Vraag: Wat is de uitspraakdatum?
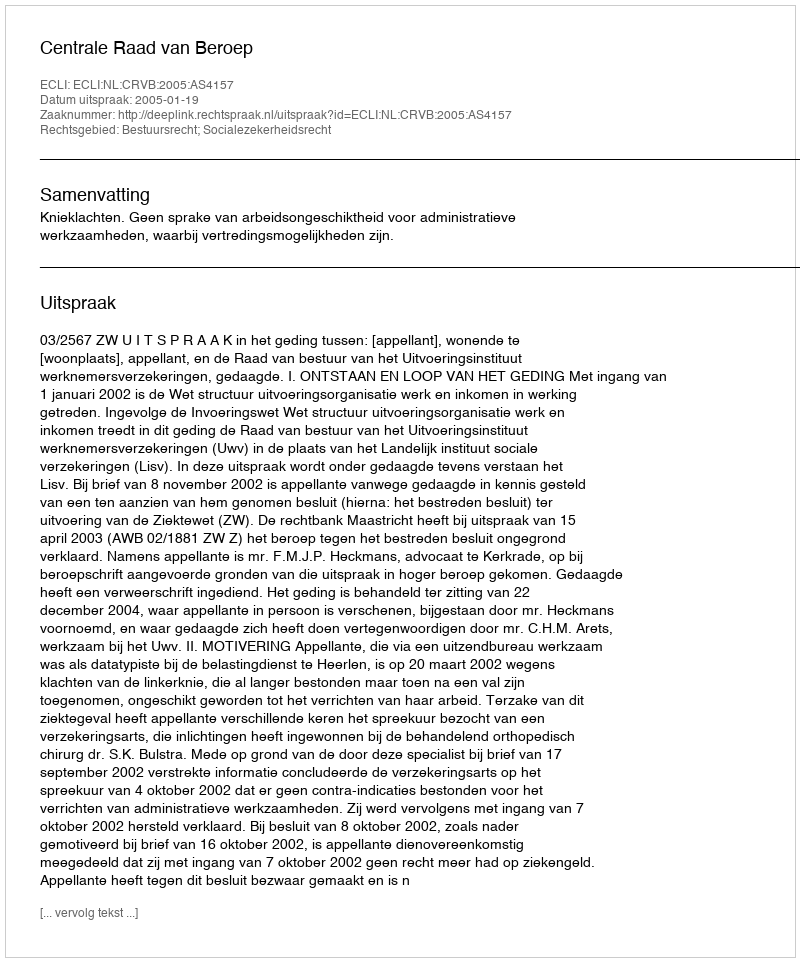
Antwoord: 2005-01-19